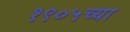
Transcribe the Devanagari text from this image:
१९०५च्या